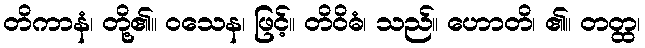
တိကာနံ၊ တို့၏။ ဝသေန၊ ဖြင့်။ တိဝိဓံ၊ သည်။ ဟောတိ၊ ၏။ တတ္ထ၊